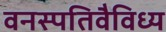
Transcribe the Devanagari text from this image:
वनस्पतिवैविध्य